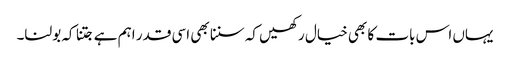
یہاں اس بات کا بھی خیال رکھیں کہ سننا بھی اسی قدر اہم ہے جتنا کہ بولنا۔